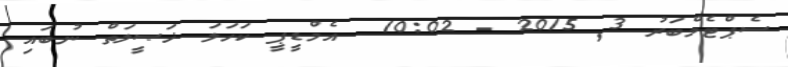
ސެޕްޓެމްބަރު 3